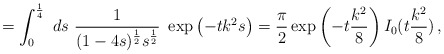
\begin{align*}=\int_0^{\frac14}\ ds\ \frac{1}{(1-4s)^{\frac12}s^{\frac12}}\ \exp\left( -tk^2 s \right)=\frac{\pi}{2}\exp \left( -t\frac{k^2}{8}\right)I_{0}(t \frac{k^2}{8})\,,\end{align*}